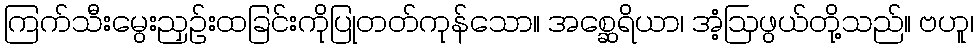
ကြက်သီးမွေးညှဉ်းထခြင်းကိုပြုတတ်ကုန်သော။ အစ္ဆေရိယာ၊ အံ့ဩဖွယ်တို့သည်။ ဗဟူ၊